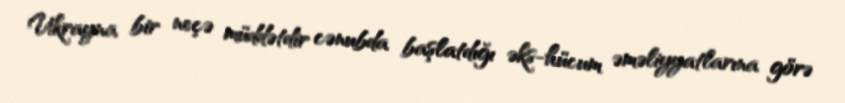
Ukrayna bir neçə müddətdir cənubda başlatdığı əks-hücum əməliyyatlarına görə